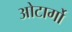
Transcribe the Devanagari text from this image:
ओटार्गो